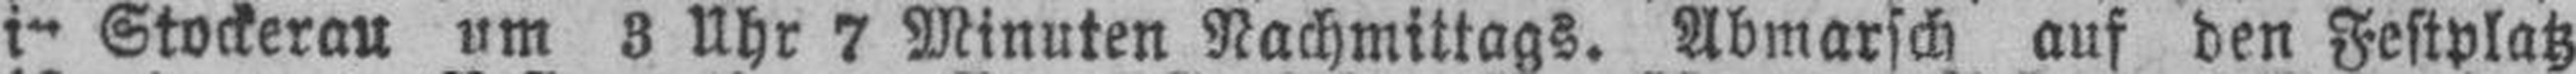
i Stockerau um 3 Uhr 7 Minuten Nachmittags. Abmarsch auf den Festplatz